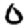
Digit: 0